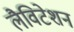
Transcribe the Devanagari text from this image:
लैविटेशन